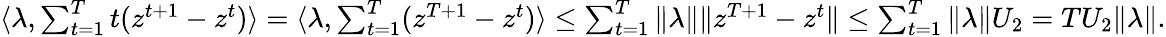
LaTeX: \begin{array}{r}{\langle\lambda,\sum_{t=1}^{T}t(z^{t+1}-z^{t})\rangle=\langle\lambda,\sum_{t=1}^{T}(z^{T+1}-z^{t})\rangle\leq\sum_{t=1}^{T}\| \lambda\| \| z^{T+1}-z^{t}\| \leq\sum_{t=1}^{T}\| \lambda\| U_{2}=TU_{2}\| \lambda\| .}\end{array}